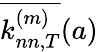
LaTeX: \overline{{k_{nn,T}^{(m)}}}(a)